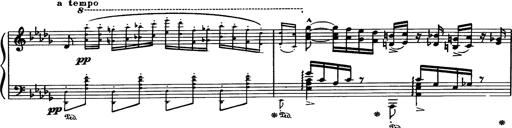
Title: Paraphrase de concert sur Rigoletto
Composer: Franz Liszt